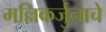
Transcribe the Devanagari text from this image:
मल्लिकर्जुनाचे